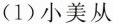
(1)小美从中